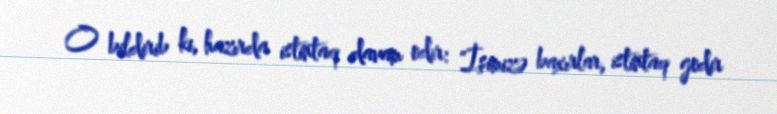
O bildirib ki, hazırda istintaq davam edir: "İşimizə baxırlar, istintaq gedir